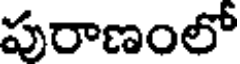
పురాణంలో